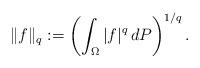
LaTeX: \begin{align*} \| f \|_q := \left( \int_{\Omega} |f|^q \, dP \right)^{1/q}.\end{align*}